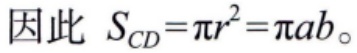
因此 \(S_{CD}=\pi r^{2}=\pi ab\)。